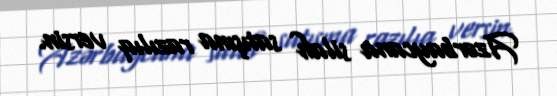
Azərbaycana silah satışına razılıq versin.